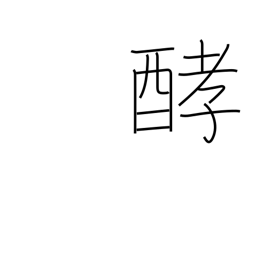
Meaning: fermentation